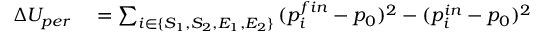
\begin{array} { r l } { \Delta U _ { p e r } } & { { } = \sum _ { i \in \{ S _ { 1 } , S _ { 2 } , E _ { 1 } , E _ { 2 } \} } { ( p _ { i } ^ { f i n } - p _ { 0 } ) ^ { 2 } - ( p _ { i } ^ { i n } - p _ { 0 } ) ^ { 2 } } } \end{array}